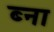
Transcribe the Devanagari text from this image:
ब्ना